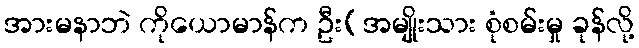
အားမနာဘဲ ကိုယောမာန်က ဦး(အမျိုးသား စုံစမ်းမှု ခုန်လို့